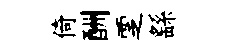
倚酬覂繇